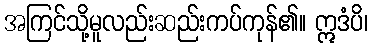
အကြင်သို့မူလည်းဆည်းကပ်ကုန်၏။ ဣဒံပိ၊